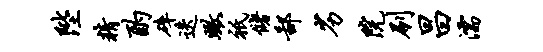
陛精酌碎迭瞰只储鄙劣院刷昌濡